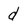
Character: d